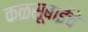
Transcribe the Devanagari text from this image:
कळसूबाईचे